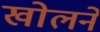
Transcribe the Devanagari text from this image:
खोलनें